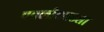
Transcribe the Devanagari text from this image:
चवळीएवढ्या